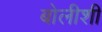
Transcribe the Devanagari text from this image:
बोलीशी